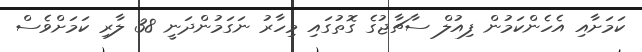
ކަމަށާއި އެހެންކަމުން ފިއުލް ސާޗާޖުގެ ގޮތުގައި މިހާރު ނަގަމުންދަނީ 38 ލާރި ކަމަށްވެސް